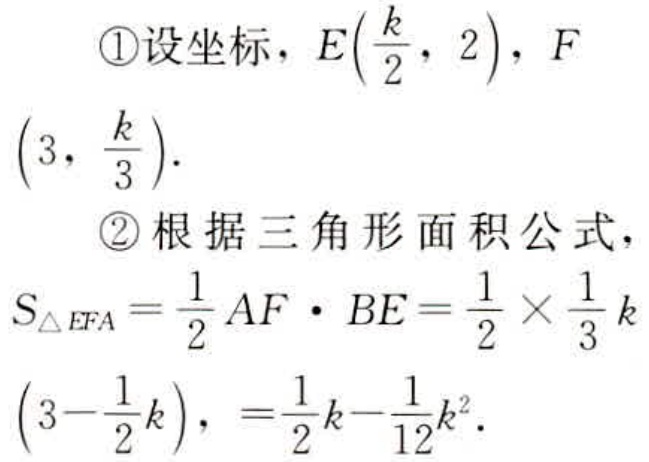
\textcircled{1}设坐标，\(E(\frac{k}{2},2)\)，\(F(3,\frac{k}{3})\)。
\textcircled{2}根据三角形面积公式，
\(S_{\triangle EFA}=\frac{1}{2}AF\cdot BE=\frac{1}{2}\times\frac{1}{3}k(3 - \frac{1}{2}k),=\frac{1}{2}k-\frac{1}{12}k^{2}\)。